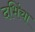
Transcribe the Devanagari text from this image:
दभिंचा